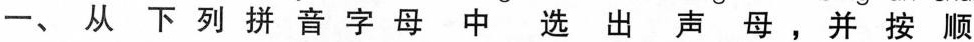
一、从下列拼音字母中选出声母，并按顺